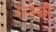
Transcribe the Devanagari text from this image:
रोनेबी